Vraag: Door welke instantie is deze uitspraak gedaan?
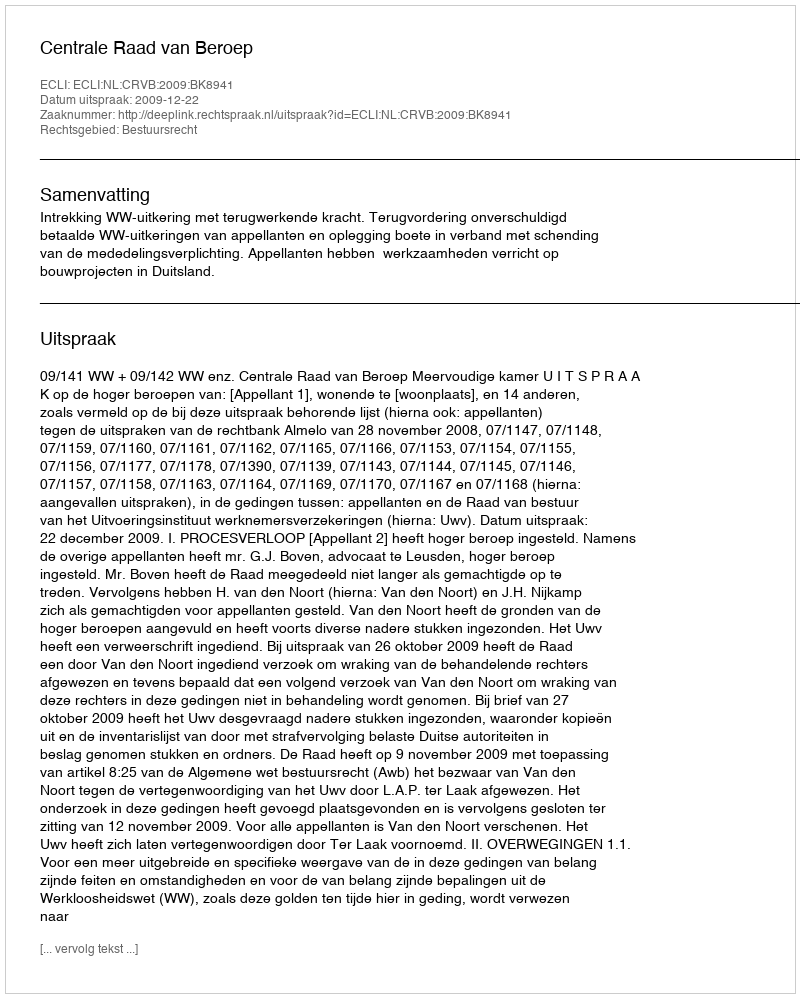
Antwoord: Centrale Raad van Beroep